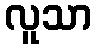
လူသာ